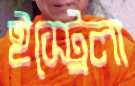
ইস্ট্রেলা